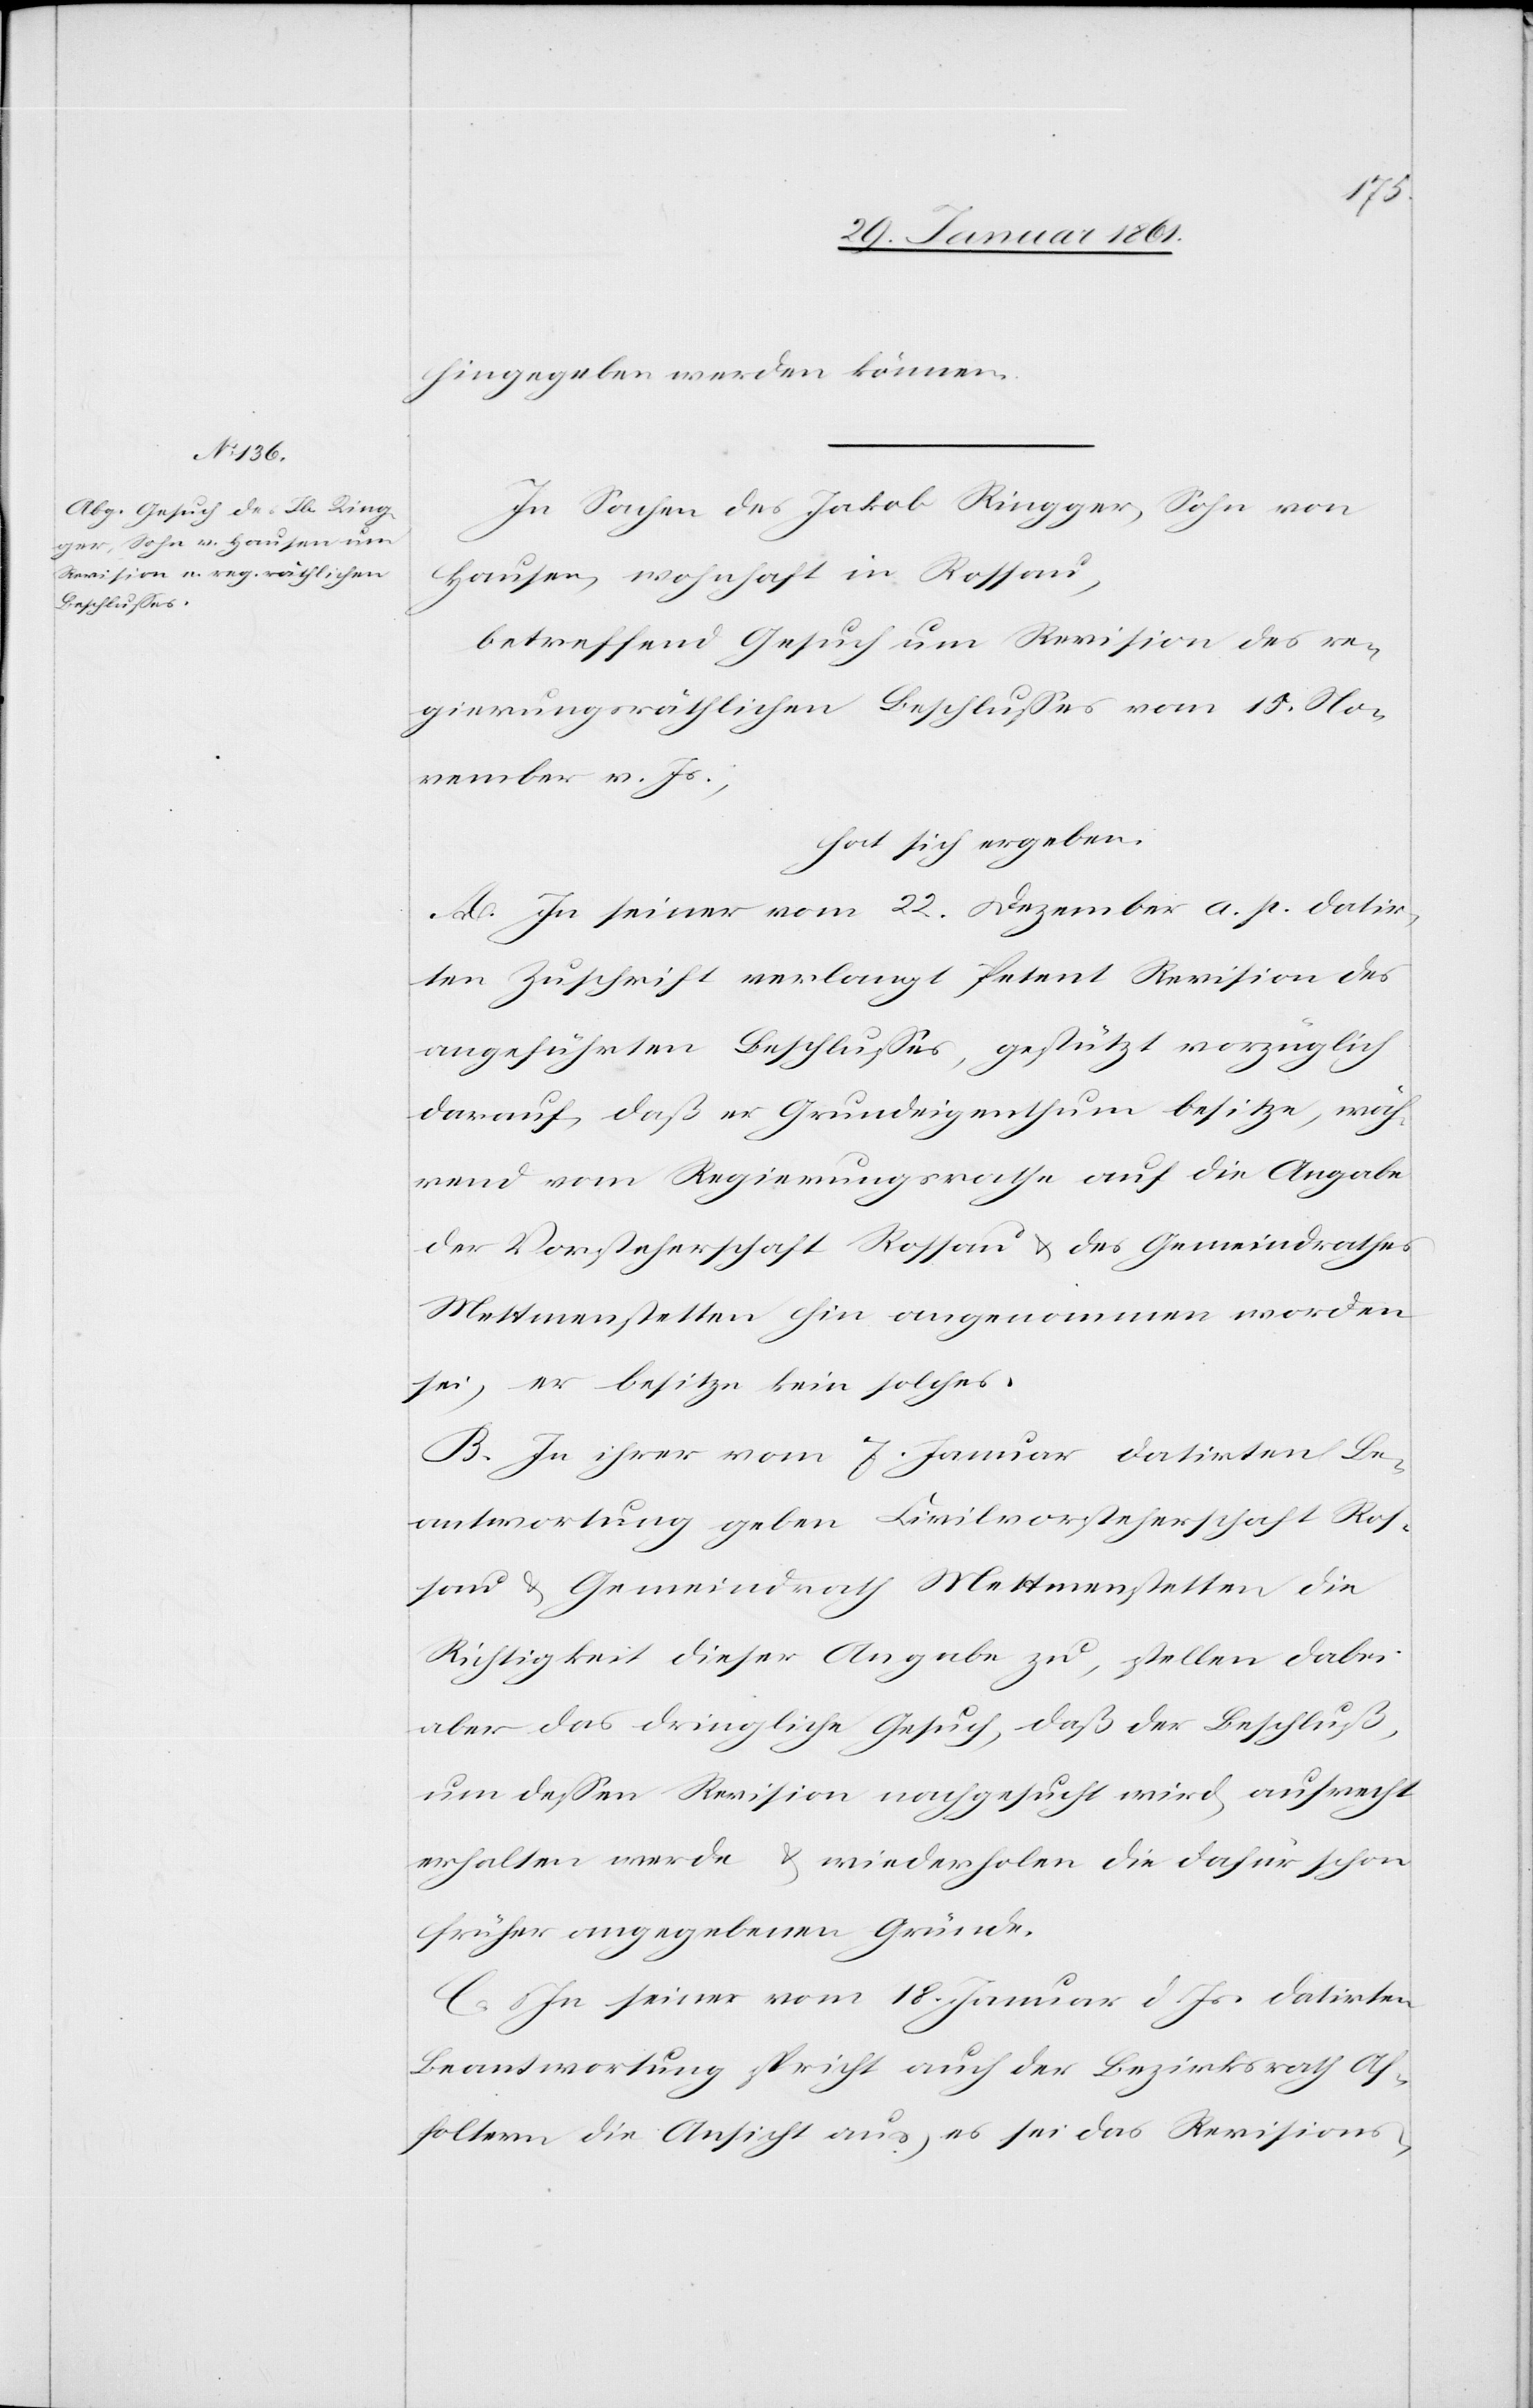
hingegeben werden können.
In Sachen des Jakob Ringger, Sohn von
Hausen, wohnhaft in Rossau,
betreffend Gesuch um Revision des re¬
gierungsräthlichen Beschlusses vom 15. No¬
vember v. Js.,
hat sich ergeben:
A. In seiner vom 22. Dezember a. p. datir¬
ten Zuschrift verlangt Petent Revision des
angeführten Beschlusses, gestützt vorzüglich
darauf, daß er Grundeigenthum besitze, wäh¬
rend vom Regierungsrathe auf die Angabe
der Vorsteherschaft Rossau u. des Gemeindrathes
Mettmenstetten hin angenommen worden
sei, er besitze kein solches.
B. In ihrer vom 7. Januar datirten Be¬
antwortung geben Civilvorsteherschaft Ros¬
sau u. Gemeindrath Mettmenstetten die
Richtigkeit dieser Angabe zu, stellen dabei
aber das dringliche Gesuch, daß der Beschluß,
um dessen Revision nachgesucht wird, aufrecht
erhalten wird u. wiederholen die dafür schon
früher angegebenen Gründe.
C. In seiner vom 18. Januar d. Js. datirten
Beantwortung spricht auch der Bezirksrath Af¬
foltern die Ansicht aus, es sei das Revisions-